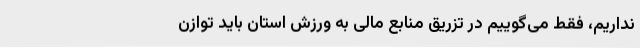
نداریم، فقط می‌گوییم در تزریق منابع مالی به ورزش استان باید توازن